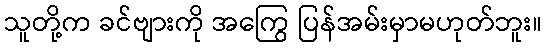
သူတို့က ခင်ဗျားကို အကြွေ ပြန်အမ်းမှာမဟုတ်ဘူး။